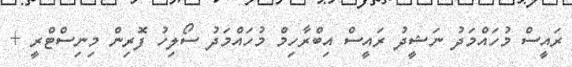
ރައީސް މުހައްމަދު ނަޝީދު ރައީސް އިބްރާހިމް މުހައްމަދު ސޯލިހު ފޮރިން މިނިސްޓްރީ +